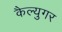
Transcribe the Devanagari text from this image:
कैल्युगर